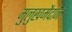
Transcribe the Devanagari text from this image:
मुलुखमैदान